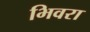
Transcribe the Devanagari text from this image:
भिवरा